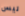
ليس